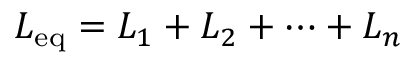
L _ { \mathrm { e q } } = L _ { 1 } + L _ { 2 } + \cdots + L _ { n } \,